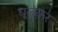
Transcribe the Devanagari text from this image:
घूलकर